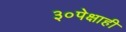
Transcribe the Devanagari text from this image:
३०पेक्षाही